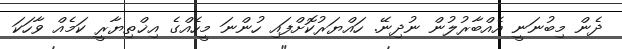
ދެން މިބުނަނީ އެއްބާރުލުން ނުދިނޭ. ހައްޔަރުކޮށްފައި ހުންނަ މީހެއްގެ އިޚްތިޔާރީ ކަމެއް ވާހަކަ